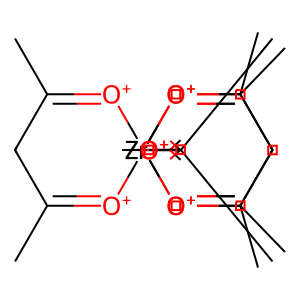
SMILES: CC1=[O+][Zr]234([O+]=C(C)C1)([O+]=C(C)CC(C)=[O+]2)([O+]=C(C)CC(C)=[O+]3)[O+]=C(C)CC(C)=[O+]4
Inhibits HIV replication: No